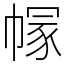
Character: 𢄐